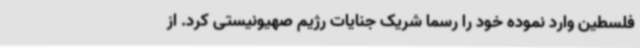
فلسطین وارد نموده خود را رسماً شریک جنایات رژیم صهیونیستی کرد. از